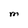
Character: M